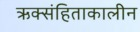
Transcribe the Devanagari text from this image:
ऋक्संहिताकालीन